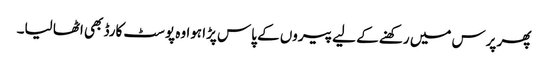
پھر پرس میں رکھنے کے لیے پیروں کے پاس پڑا ہوا وہ پوسٹ کارڈ بھی اٹھا لیا۔